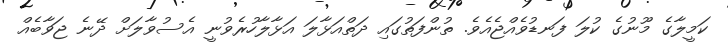
ކަމީލާގެ މޫނުގެ ކުލަ ފަނޑުވެއްޖެއެވެ. ތުންފަތުގައި ދަތްއަޅާލަ އަޅާލާހުރެވުނީ އެސުވާލަށް ދޭނެ ޖަވާބެއް